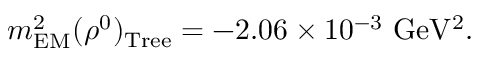
m _ { \mathrm { E M } } ^ { 2 } ( \rho ^ { 0 } ) _ { \mathrm { T r e e } } = - 2 . 0 6 \times 1 0 ^ { - 3 } ~ \mathrm { G e V ^ { 2 } } .